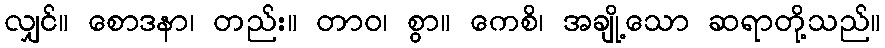
လျှင်။ စောဒနာ၊ တည်း။ တာဝ၊ စွာ။ ကေစိ၊ အချို့သော ဆရာတို့သည်။